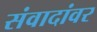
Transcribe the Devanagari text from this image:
संवादांवर